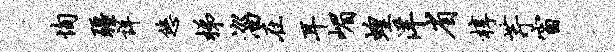
恂疆详悠梯淄在耳嵋蝗洋省椁芹窗